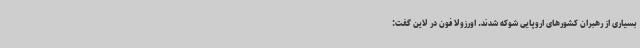
بسیاری از رهبران کشورهای اروپایی شوکه شدند. اورزولا فون در لاین گفت: